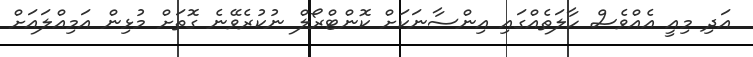
އަދި މިއީ އެއްވެސް ހާލަތެއްގައި އިންސާނަކަށް ކޮންޓްރޯލް ނުކުރެވޭނެ ގޮތަށް މުޅިން އަމިއްލައަށް